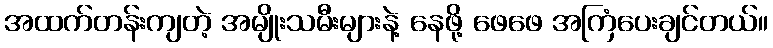
အထက်တန်းကျတဲ့ အမျိုးသမီးများနဲ့ နေဖို့ ဖေဖေ အကြံပေးချင်တယ်။